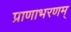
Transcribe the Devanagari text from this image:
प्राणाभरणम्‌